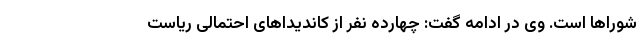
شوراها است. وی در ادامه گفت: چهارده نفر از کاندیداهای احتمالی ریاست